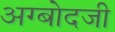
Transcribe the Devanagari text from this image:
अग्बोदजी